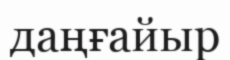
даңғайыр